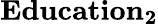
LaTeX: \mathbf{Education_{2}}